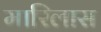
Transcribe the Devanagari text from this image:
मारिलास